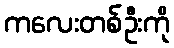
ကလေးတစ်ဦးကို